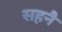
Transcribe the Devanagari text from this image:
सहनै